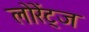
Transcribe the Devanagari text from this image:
लोरेंट्ज